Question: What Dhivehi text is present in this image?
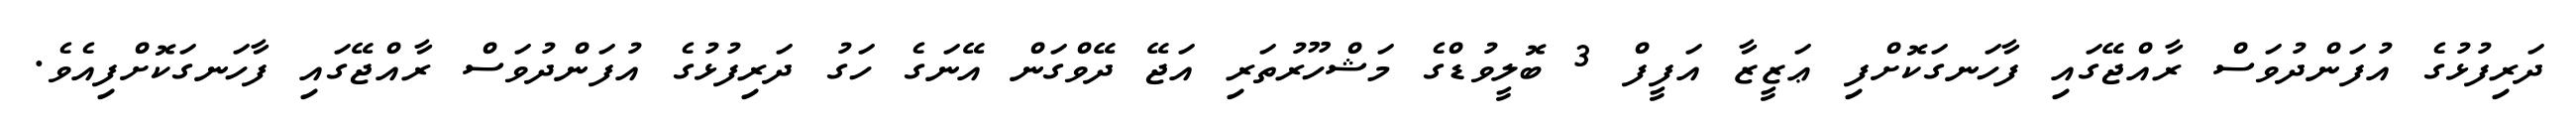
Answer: ދަރިފުޅުގެ އުފަންދުވަސް ރާއްޖޭގައި ފާހަނގަކޮށްފި ޢަޒީޒާ އަފީފް 3 ބޮލީވުޑްގެ މަޝްހޫރުތަރި އަޖޭ ދޭވްގަން އޭނަގެ ހަގު ދަރިފުޅުގެ އުފަންދުވަސް ރާއްޖޭގައި ފާހަނގަކޮށްފިއެވެ.